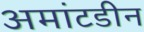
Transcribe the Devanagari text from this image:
अमांटडीन